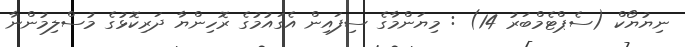
ނިޔުޔޯކް (ސެޕްޓެމްބަރު 14) : މިޔަންމާގެ ސިފައިން އެގައުމުގެ ރޮހިންޔާ ދަރިކޮޅުގެ މުސްލިމުންނާ